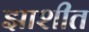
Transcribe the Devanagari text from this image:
झाशीत